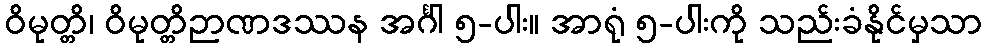
ဝိမုတ္တိ၊ ဝိမုတ္တိဉာဏဒဿန အင်္ဂါ ၅-ပါး။ အာရုံ ၅-ပါးကို သည်းခံနိုင်မှသာ